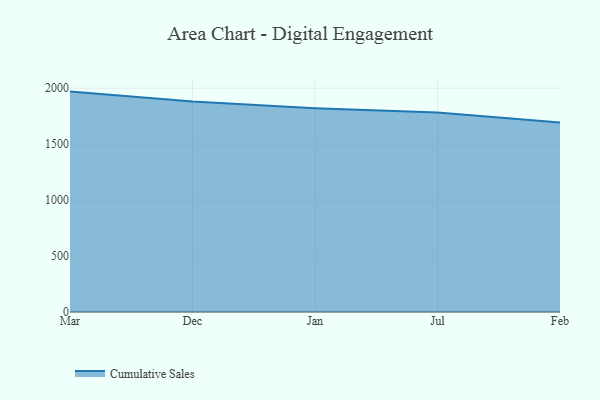
{"axis": {"x": "Month", "y": "Budget (USD K)"}, "legend": ["Cumulative Sales"], "data": [{"x": "Mar", "y": 1969.8, "type": "Cumulative Sales"}, {"x": "Dec", "y": 1882.0, "type": "Cumulative Sales"}, {"x": "Jan", "y": 1821.5, "type": "Cumulative Sales"}, {"x": "Jul", "y": 1782.6, "type": "Cumulative Sales"}, {"x": "Feb", "y": 1694.7, "type": "Cumulative Sales"}]}